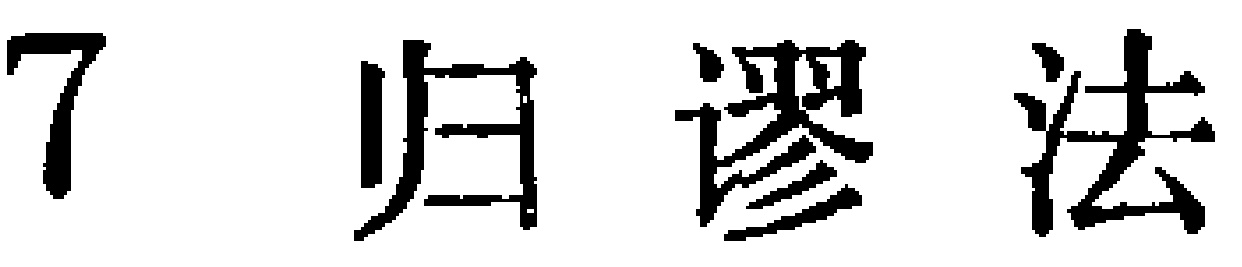
7 归谬法